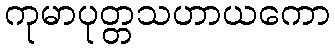
ကုမာပုတ္တသဟာယကော